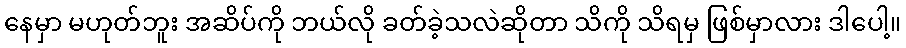
နေမှာ မဟုတ်ဘူး အဆိပ်ကို ဘယ်လို ခတ်ခဲ့သလဲဆိုတာ သိကို သိရမှ ဖြစ်မှာလား ဒါပေါ့။